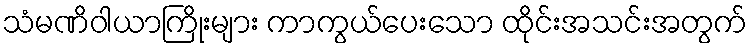
သံမဏိဝါယာကြိုးများ ကာကွယ်ပေးသော ထိုင်းအသင်းအတွက်